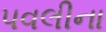
પવલીના